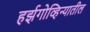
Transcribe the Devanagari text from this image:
हर्झगोव्हिन्यातील